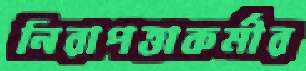
নিরাপত্তাকর্মীর